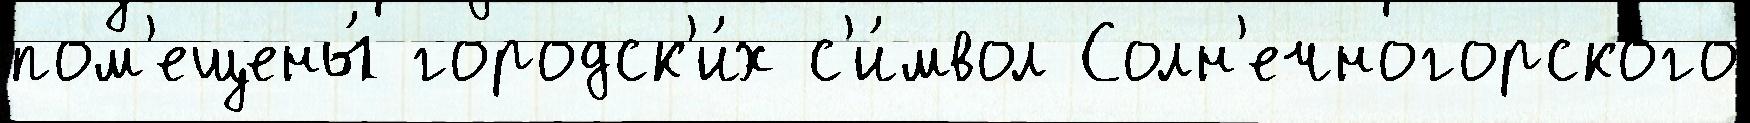
пом'ещены́ городск'и́х с'и́мвол Солн'ечногорского